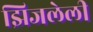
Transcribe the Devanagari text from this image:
झिजलेली